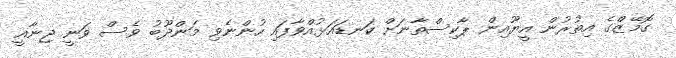
ގޮމޭޒްގެ އިތުރުން އީޔޫއިން ޕާކިސްތާނަށް ކަނޑައަޅުއްވާފައި ހުންނެވި މަންދޫބު ވެސް ވަނީ ޖިނާއީ